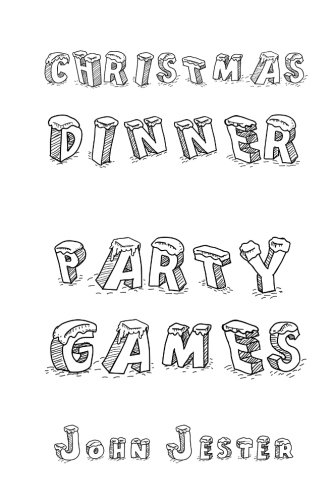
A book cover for Christmas Dinner Party Games; John Jester; Cookbooks, Food & Wine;